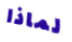
لماذا